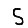
Digit: 5